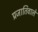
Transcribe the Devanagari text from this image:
प्रजातिवाले